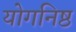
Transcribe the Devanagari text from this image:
योगनिष्ठ